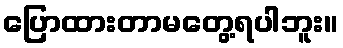
ပြောထားတာမတွေ့ရပါဘူး။